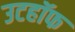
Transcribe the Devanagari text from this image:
उटहॉफ